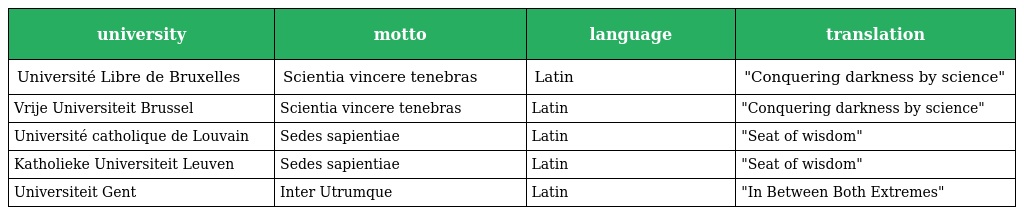
| university | motto | language | translation |
 | --- | --- | --- | --- |
 | Université Libre de Bruxelles | Scientia vincere tenebras | Latin | "Conquering darkness by science" |
 | Vrije Universiteit Brussel | Scientia vincere tenebras | Latin | "Conquering darkness by science" |
 | Université catholique de Louvain | Sedes sapientiae | Latin | "Seat of wisdom" |
 | Katholieke Universiteit Leuven | Sedes sapientiae | Latin | "Seat of wisdom" |
 | Universiteit Gent | Inter Utrumque | Latin | "In Between Both Extremes" |